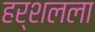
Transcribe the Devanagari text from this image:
हर्शलला